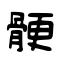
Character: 骾